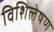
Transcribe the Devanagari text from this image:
विशिलेषण